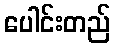
ပေါင်းတည်